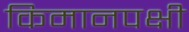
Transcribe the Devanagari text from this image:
किमानपक्षी